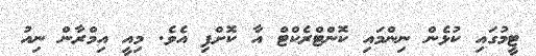
ޓީމުގައި ކުޅެން ނިންމައި ކޮންޓްރެކްޓް އާ ކޮށްފި އެވެ. މިއީ އިމްރާން ނިއު